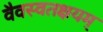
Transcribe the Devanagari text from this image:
वैवस्वतक्षयम्